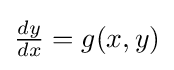
{\textstyle {\frac {dy}{dx}}=g(x,y)}